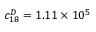
c _ { 1 8 } ^ { D } = 1 . 1 1 \times 1 0 ^ { 5 }